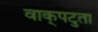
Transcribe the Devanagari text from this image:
वाक्‌पटुता